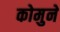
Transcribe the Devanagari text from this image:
कोमुने